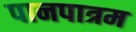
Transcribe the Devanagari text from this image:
पानपात्रम